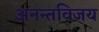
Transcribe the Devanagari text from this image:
अनन्तविजय